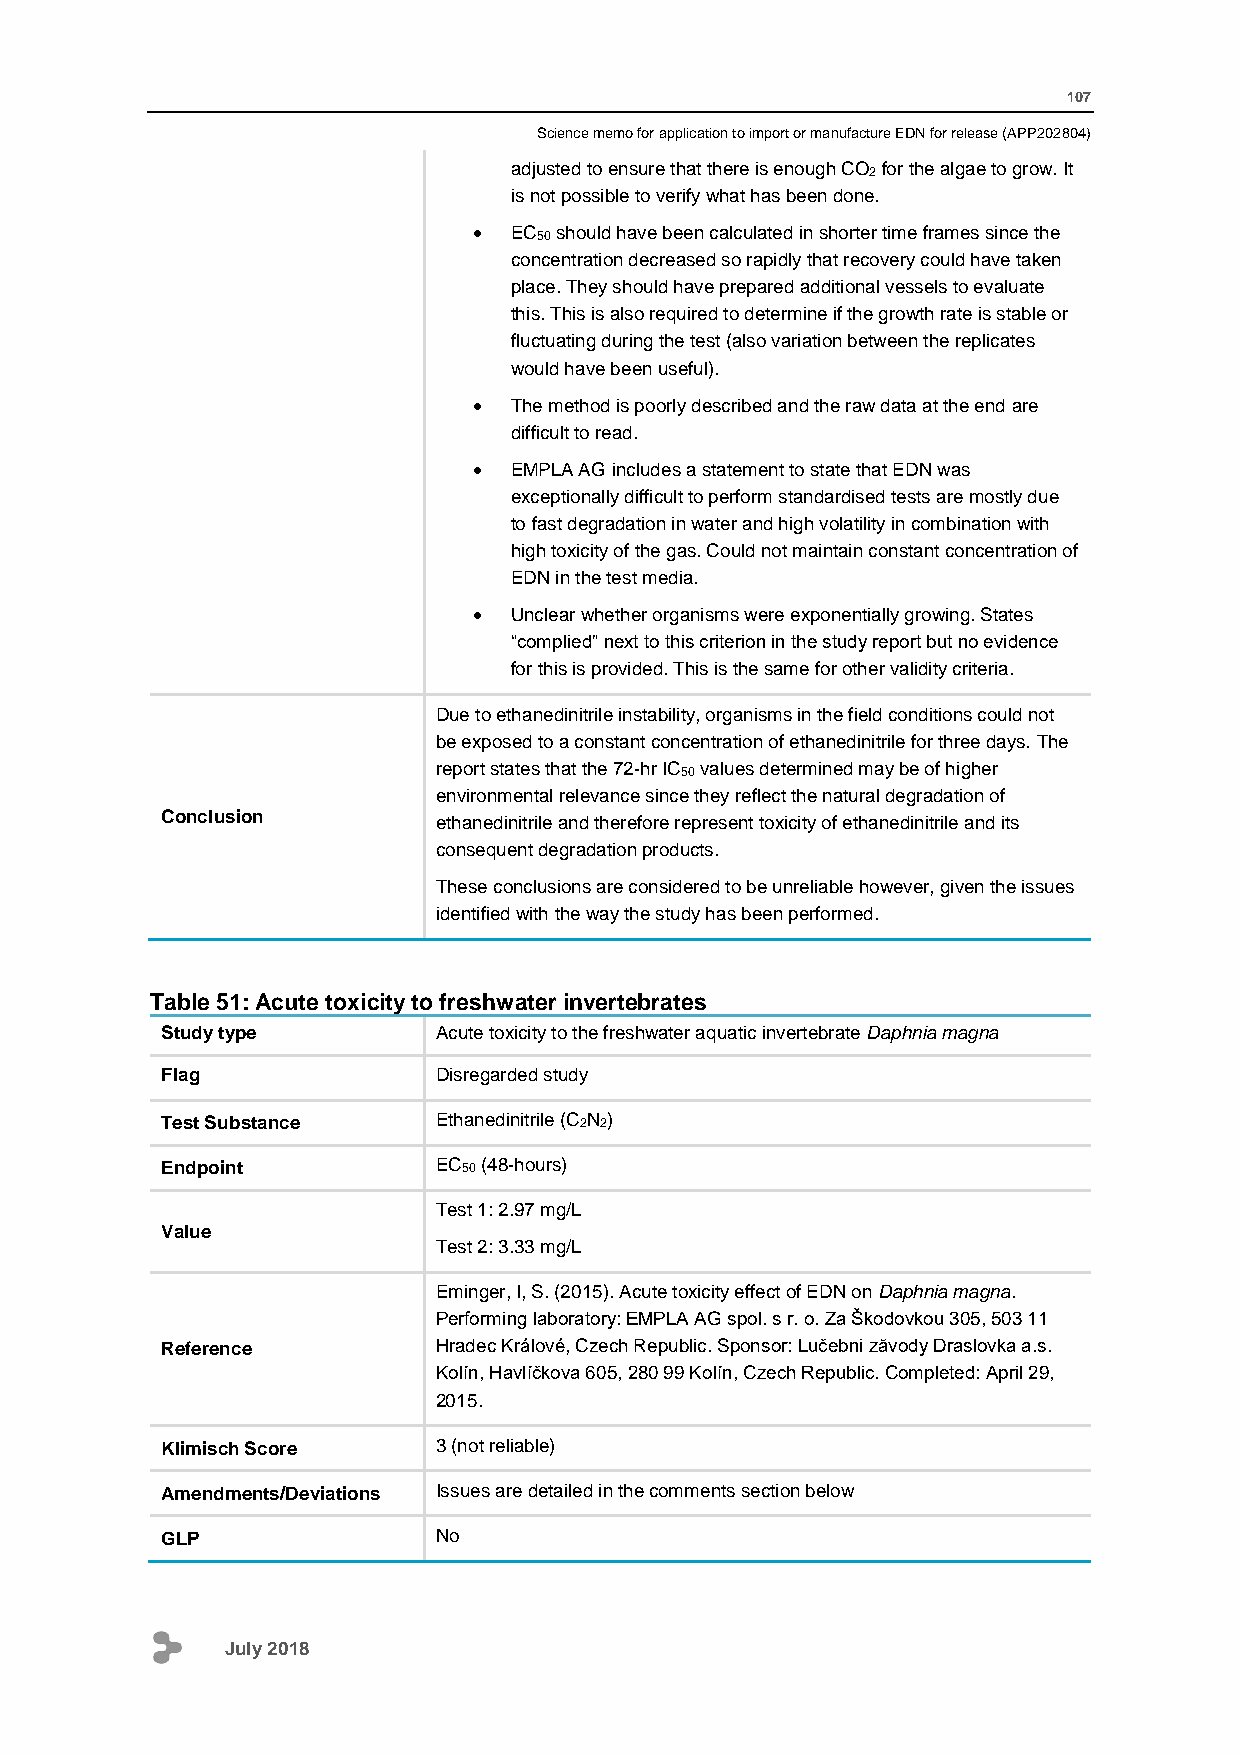
107
 Science memo for application to import or manufacture EDN for release (APP202804)
 adjusted to ensure that there is enough CO2 for the algae to grow. It
 is not possible to verify what has been done.
   EC50 should have been calculated in shorter time frames since the
 concentration decreased so rapidly that recovery could have taken
 place. They should have prepared additional vessels to evaluate
 this. This is also required to determine if the growth rate is stable or
 fluctuating during the test (also variation between the replicates
 would have been useful).
   The method is poorly described and the raw data at the end are
 difficult to read.
   EMPLA AG includes a statement to state that EDN was
 exceptionally difficult to perform standardised tests are mostly due
 to fast degradation in water and high volatility in combination with
 high toxicity of the gas. Could not maintain constant concentration of
 EDN in the test media.
   Unclear whether organisms were exponentially growing. States
 “complied” next to this criterion in the study report but no evidence
 for this is provided. This is the same for other validity criteria.
 Due to ethanedinitrile instability, organisms in the field conditions could not
 be exposed to a constant concentration of ethanedinitrile for three days. The
 report states that the 72-hr IC50 values determined may be of higher
 environmental relevance since they reflect the natural degradation of
 Conclusion        ethanedinitrile and therefore represent toxicity of ethanedinitrile and its
 consequent degradation products.
 These conclusions are considered to be unreliable however, given the issues
 identified with the way the study has been performed.
 Table 51: Acute toxicity to freshwater invertebrates
 Study type        Acute toxicity to the freshwater aquatic invertebrate Daphnia magna
 Flag              Disregarded study
 Test Substance    Ethanedinitrile (C2N2)
 Endpoint          EC50 (48-hours)
 Test 1: 2.97 mg/L
 Value
 Test 2: 3.33 mg/L
 Eminger, I, S. (2015). Acute toxicity effect of EDN on Daphnia magna.
 Performing laboratory: EMPLA AG spol. s r. o. Za Škodovkou 305, 503 11
 Reference         Hradec Králové, Czech Republic. Sponsor: Lučebni zăvody Draslovka a.s.
 Kolín, Havlíčkova 605, 280 99 Kolín, Czech Republic. Completed: April 29,
 2015.
 Klimisch Score    3 (not reliable)
 Amendments/Deviations Issues are detailed in the comments section below
 GLP               No
 July 2018